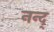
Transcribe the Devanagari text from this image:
नन्द्